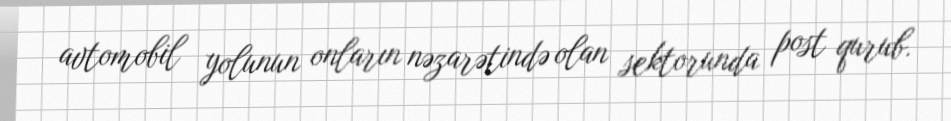
avtomobil yolunun onların nəzarətində olan sektorunda post qurub.